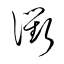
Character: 衢